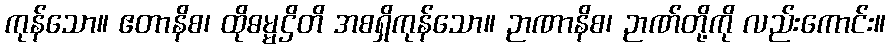
ကုန်သော။ ဧတာနိစ၊ ထိုဓမ္မဌိတိ အစရှိကုန်သော။ ဉာဏာနိစ၊ ဉာဏ်တို့ကို လည်းကောင်း။